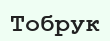
Тобрук